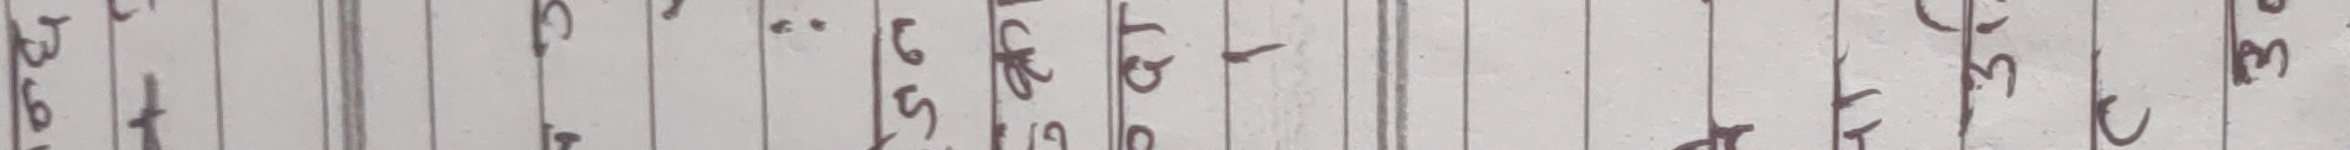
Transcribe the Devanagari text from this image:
आफैत हुनेछ ।